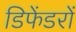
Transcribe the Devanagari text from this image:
डिफेंडरों